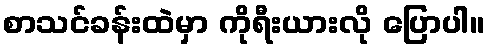
စာသင်ခန်းထဲမှာ ကိုရီးယားလို ပြောပါ။